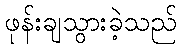
ဖုန်းချသွားခဲ့သည်